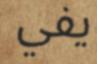
يفي